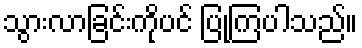
သွားလာခြင်းကိုပင် ပြုကြပါသည်။